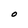
Character: O